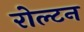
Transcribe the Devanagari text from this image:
रोल्टन